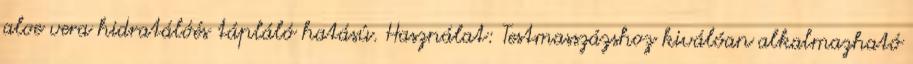
aloe vera hidratálóés tápláló hatású. Használat: Testmasszázshoz kiválóan alkalmazható